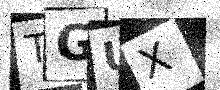
Text: TGUX